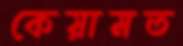
কেয়ামত